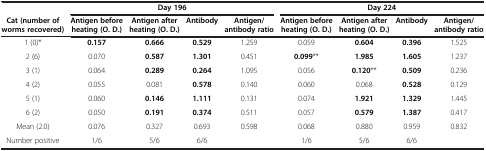
|  | <COLSPAN=4> Day 196 | <COLSPAN=4> Day 224 |
 | Cat (number of worms recovered) | Antigen before heating (O. D.) | Antigen after heating (O. D.) | Antibody | Antigen/antibody ratio | Antigen before heating (O. D.) | Antigen after heating (O. D.) | Antibody | Antigen/antibody ratio |
 | --- | --- | --- | --- | --- | --- | --- | --- | --- |
 | 1 (0)* | 0.157 | 0.666 | 0.529 | 1.259 | 0.059 | 0.604 | 0.396 | 1.525 |
 | 2 (6) | 0.070 | 0.587 | 1.301 | 0.451 | 0.099** | 1.985 | 1.605 | 1.237 |
 | 3 (1) | 0.064 | 0.289 | 0.264 | 1.095 | 0.056 | 0.120** | 0.509 | 0.236 |
 | 4 (2) | 0.055 | 0.081 | 0.578 | 0.140 | 0.060 | 0.068 | 0.528 | 0.129 |
 | 5 (1) | 0.060 | 0.146 | 1.111 | 0.131 | 0.074 | 1.921 | 1.329 | 1.445 |
 | 6 (2) | 0.050 | 0.191 | 0.374 | 0.511 | 0.057 | 0.579 | 1.387 | 0.417 |
 | Mean (2.0) | 0.076 | 0.327 | 0.693 | 0.598 | 0.068 | 0.880 | 0.959 | 0.832 |
 | Number positive | 1/6 | 5/6 | 6/6 |  | 1/6 | 5/6 | 6/6 |  |